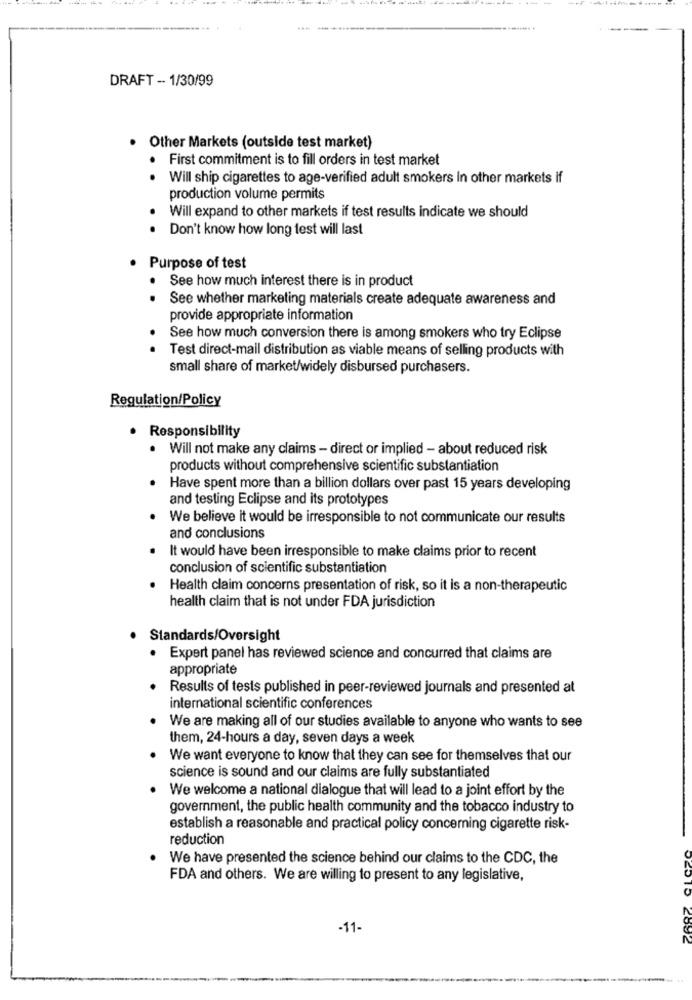
DRAFT - 1/30/99
Other Markets (outside test market)
· First commitment is to fill orders in test market
. Will ship cigarettes to age-verified adult smokers In other markets if
production volume permits
Will expand to other markets if test results indicate we should
.
Don't know how long test will last
Purpose of test
. See how much interest there is in product
See whether marketing materials create adequate awareness and
provide appropriate information
See how much conversion there is among smokers who try Eclipse
. .
Test direct-mail distribution as viable means of selling products with
small share of market/widely disbursed purchasers.
Regulation/Policy
Responsibility
. Will not make any claims - direct or implied - about reduced risk
products without comprehensive scientific substantiation
Have spent more than a billion dollars over past 15 years developing
and testing Eclipse and its prototypes
We believe it would be irresponsible to not communicate our results
and conclusions
It would have been irresponsible to make claims prior to recent
conclusion of scientific substantiation
Health claim concerns presentation of risk, so it is a non-therapeutic
health claim that is not under FDA jurisdiction
Standards/Oversight
. Expert panel has reviewed science and concurred that claims are
appropriate
Results of tests published in peer-reviewed journals and presented at
international scientific conferences
We are making all of our studies available to anyone who wants to see
them, 24-hours a day, seven days a week
We want everyone to know that they can see for themselves that our
science is sound and our claims are fully substantiated
We welcome a national dialogue that will lead to a joint effort by the
government, the public health community and the tobacco industry to
establish a reasonable and practical policy concerning cigarette risk-
reduction
We have presented the science behind our claims to the CDC, the
FDA and others. We are willing to present to any legislative,
-11-
2692